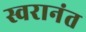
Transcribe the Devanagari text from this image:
स्वरानंत